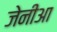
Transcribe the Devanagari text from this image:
जेनीआ